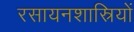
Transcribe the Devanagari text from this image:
रसायनशास्रियों